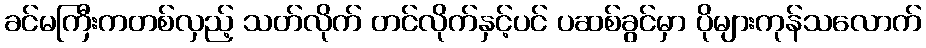
ခင်မကြီးကတစ်လှည့် သတ်လိုက် တင်လိုက်နှင့်ပင် ပဆစ်ခွင်မှာ ပိုများကုန်သလောက်